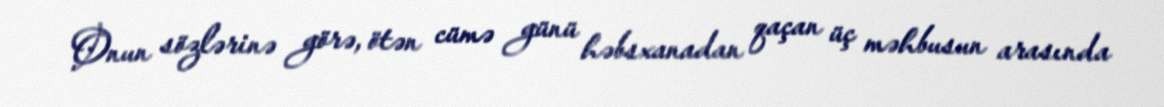
Onun sözlərinə görə, ötən cümə günü həbsxanadan qaçan üç məhbusun arasında